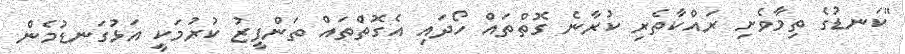
"ކަނޑުގެ ތިމާވެށި ރައްކާތެރި ކުރާނެ ގޮތްތައް ހޯދައި އެގޮތްތައް ތަންފީޒު ކުރުމަކީ އަޅުގަނޑުމެން